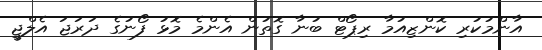
އާންމުކުރި ކޮންޒިއުމާ ރިޕޯޓް ބުނާ ގޮތުން އެންމެ މޮޅު ފޯނުގެ ދަރަޖަ އެލްޖީ